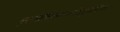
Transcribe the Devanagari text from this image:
मुखनासिकावचनोऽनुनासिकः।